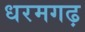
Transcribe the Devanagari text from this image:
धरमगढ़